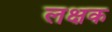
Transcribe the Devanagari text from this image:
लक्षक